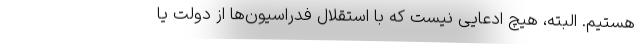
هستیم. البته، هیچ ادعایی نیست که با استقلال فدراسیون‌ها از دولت یا